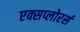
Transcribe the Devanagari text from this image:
एक्सप्लोरर्स